Calcutta medical institutions reports 1892-1900
Year: 1892
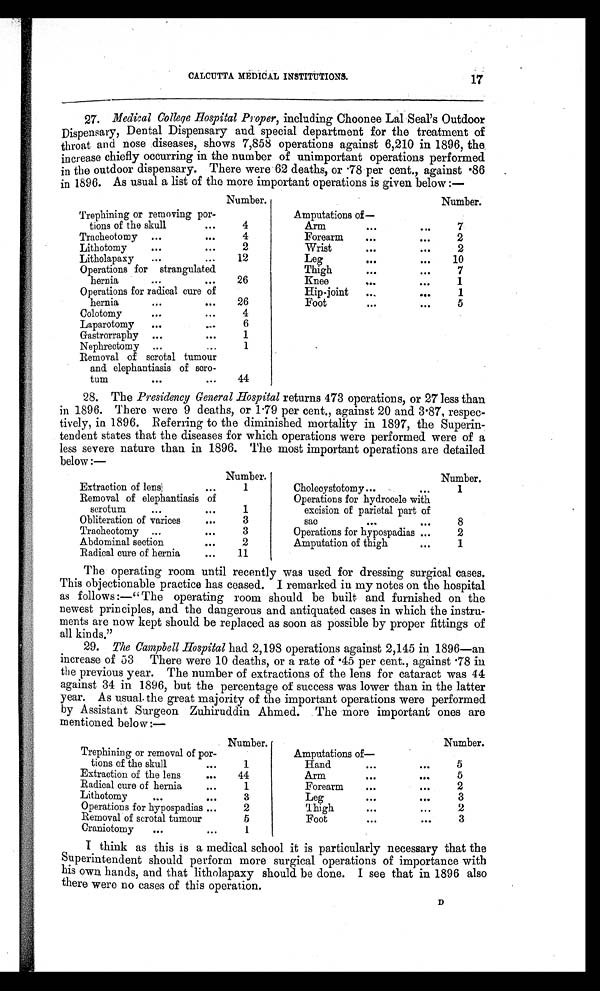
CALCUTTA MEDICAL INSTITUTIONS.
27. Medical College Hospital Proper, including Choonee Lal Seal's Outdoor
Dispensary, Dental Dispensary and special department for the treatment of
throat and nose diseases, shows 7,858 operations against 6,210 in 1896, the
increase chiefly occurring in the number of unimportant operations performed
in the outdoor dispensary. There were 62 deaths, or .78 per cent., against .86
in 1896. As usual a list of the more important operations is given below :—
Number.
Number.
Trephining or removing por-
Amputations of
—
tions of the skull
. . .
4
Arm
...
. . .
7
Tracheotomy ...
. . .
4
Forearm
. . .
...
2
Lithotomy
...
. . .
2
Wrist
. . .
...
2
Litholapaxy
...
...
12
Leg
. . .
...
10
Operations for strangulated
Thigh
...
. . .
7
hernia
. . .
. . .
26
Knee
...
...
1
Operations for radical cure of
Hip-joint
. . .
. . .
1
hernia
. . .
...
26
Foot
...
. . .
5
Colotomy
. . .
...
4
Laparotomy
...
...
6
Gastrorraphy ...
. . .
1
Nephrectomy ...
...
1
Removal of scrotal tumour
and elephantiasis of scro-
tum
...
. . .
44
28. The Presidency General Hospital returns 473 operations, or 27 less than
in 1896. There were 9 deaths, or 1.79 per cent., against 20 and 3.87, respec-
tively, in 1896. Referring to the diminished mortality in 1897, the Superin-
tendent states that the diseases for which operations were performed were of a
less severe nature than in 1896. The most important operations are detailed
below :—
Number.
Number.
Extraction of lens
. . .
1
Cholecystotomy ...
...
1
Removal of elephantiasis of
Operations for hydrocele with
scrotum
. . .
. . .
1
excision of parietal part of
Obliteration of varices
. . .
3
sac
. . .
. . .
8
Tracheotomy ...
. . .
3
Operations for hypospadias ...
2
Abdominal section
...
2
Amputation of thigh
...
1
Radical cure of hernia
. . .
11
The operating room until recently was used for dressing surgical cases.
This objectionable practice has ceased. I remarked in my notes on the hospital
as follows :—" The operating room should be built and furnished on the
newest principles, and the dangerous and antiquated cases in which the instru-
ments are now kept should be replaced as soon as possible by proper fittings of
all kinds."
29. The Campbell Hospital had 2,198 operations against 2,145 in 1896—an
increase of 53 There were 10 deaths, or a rate of .45 per cent., against .78 in
the previous year. The number of extractions of the lens for cataract was 44
against 34 in 1896, but the percentage of success was lower than in the latter
year. As usual the great majority of the important operations were performed
by Assistant Surgeon Zuhiruddin Ahmed. The more important ones are
mentioned below:—
Number.
Number.
Trephining or removal of por-
Amputations of
—
tions of the skull
...
1
Hand
. . .
. . .
5
Extraction of the lens
. . .
44
Arm
...
. . .
5
Radical cure of hernia
. . .
1
Forearm
. . .
. . .
2
Lithotomy
. . .
. . .
3
Leg
. . .
. . .
3
Operations for hypospadias ...
2
Thigh
...
. . .
2
Removal of scrotal tumour
5
Foot
...
. . .
3
Craniotomy
...
. . .
1
I think as this is a medical school it is particularly necessary that the
Superintendent should perform more surgical operations of importance with
his own hands, and that litholapaxy should be done. I see that in 1896 also
there were no cases of this operation.
17
D